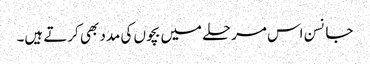
جانسن اس مرحلے میں بچوں کی مدد بھی کرتے ہیں۔